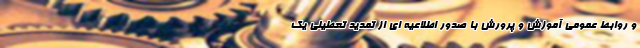
و روابط عمومی آموزش و پرورش با صدور اطلاعیه ای از تمدید تعطیلی یک